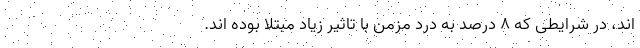
اند، در شرایطی که 8 درصد به درد مزمن با تاثیر زیاد مبتلا بوده اند.